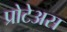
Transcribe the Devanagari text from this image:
प्रोटेअस